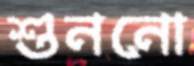
শুননো